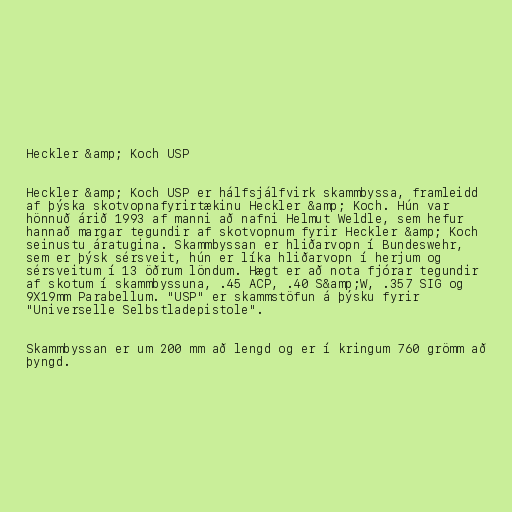
Heckler &amp; Koch USP

Heckler &amp; Koch USP er hálfsjálfvirk skammbyssa, framleidd
af þýska skotvopnafyrirtækinu Heckler &amp; Koch. Hún var
hönnuð árið 1993 af manni að nafni Helmut Weldle, sem hefur
hannað margar tegundir af skotvopnum fyrir Heckler &amp; Koch
seinustu áratugina. Skammbyssan er hliðarvopn í Bundeswehr,
sem er þýsk sérsveit, hún er líka hliðarvopn í herjum og
sérsveitum í 13 öðrum löndum. Hægt er að nota fjórar tegundir
af skotum í skammbyssuna, .45 ACP, .40 S&amp;W, .357 SIG og
9X19mm Parabellum. "USP" er skammstöfun á þýsku fyrir
"Universelle Selbstladepistole".

Skammbyssan er um 200 mm að lengd og er í kringum 760 grömm að
þyngd.